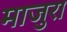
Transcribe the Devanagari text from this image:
माजुरा